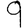
Digit: 9